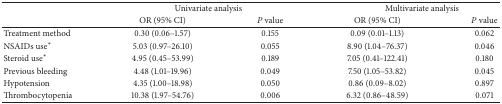
|  | <COLSPAN=2> Univariate analysis | <COLSPAN=2> Multivariate analysis |
 |  | OR (95% CI) | P value | OR (95% CI) | P value |
 | --- | --- | --- | --- | --- |
 | Treatment method | 0.30 (0.06–1.57) | 0.155 | 0.09 (0.01–1.13) | 0.062 |
 | NSAIDs use∗ | 5.03 (0.97–26.10) | 0.055 | 8.90 (1.04–76.37) | 0.046 |
 | Steroid use∗ | 4.95 (0.45–53.99) | 0.189 | 7.05 (0.41–122.41) | 0.180 |
 | Previous bleeding | 4.48 (1.01–19.96) | 0.049 | 7.50 (1.05–53.82) | 0.045 |
 | Hypotension | 4.35 (1.00–18.98) | 0.050 | 0.86 (0.09–8.02) | 0.897 |
 | Thrombocytopenia | 10.38 (1.97–54.76) | 0.006 | 6.32 (0.86–48.59) | 0.071 |